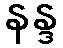
နန္ဒ